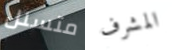
متسلل المشرف